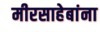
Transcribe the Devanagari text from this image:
मीरसाहेबांना